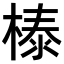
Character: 𣗘